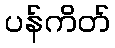
ပန်ကိတ်